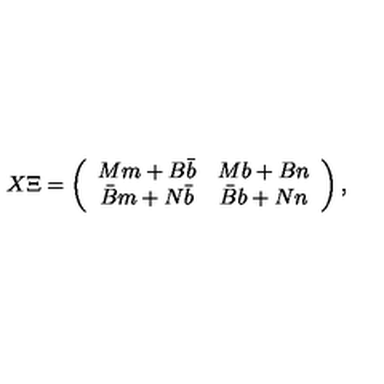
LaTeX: X \Xi = \left( \begin{array} { c c } { M m + B \bar { b } } & { M b + B n } \\ { \bar { B } m + N \bar { b } } & { \bar { B } b + N n } \\ \end{array} \right) ,